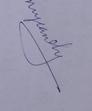
Signature authenticity: genuine